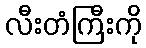
လီးတံကြီးကို